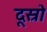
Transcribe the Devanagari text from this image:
दूस्रो